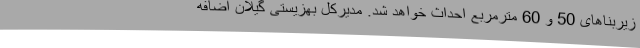
زیربناهای 50 و 60 مترمربع احداث خواهد شد. مدیرکل بهزیستی گیلان اضافه